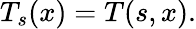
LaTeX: T_{s}(x)=T(s,x).